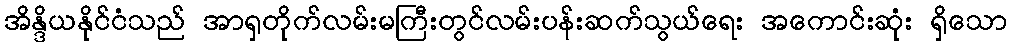
အိန္ဒိယနိုင်ငံသည် အာရှတိုက်လမ်းမကြီးတွင်လမ်းပန်းဆက်သွယ်ရေး အကောင်းဆုံး ရှိသော